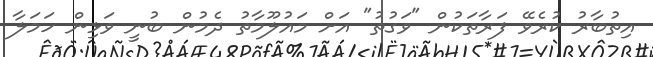
އިތުބާރު ކުރެވޭ ފަރާތަކުން "ވަގުތު" އަށް މައުލޫމާތު ދެމުން ބުނީ ވަޅިން ހަމަލާ